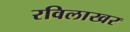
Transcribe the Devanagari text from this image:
रविलाखर